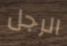
الرجل